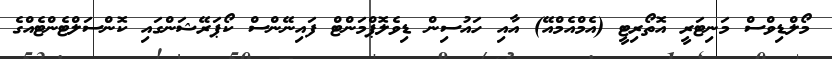
މޯލްޑިވްސް މަނިޓަރީ އޮތޯރިޓީ (އެމްއެމްއޭ) އާއި ހައުސިން ޑިވެލޮޕްމަންޓް ފައިނޭންސް ކޯޕަރޭޝަންގައި ކޮންސަލްޓެންޓެއްގެ